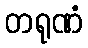
တရုဏံ